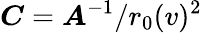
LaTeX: \boldsymbol{C}=\boldsymbol{A}^{-1}/r_{0}(v)^{2}